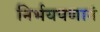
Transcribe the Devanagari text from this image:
निर्भयपणानं